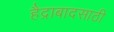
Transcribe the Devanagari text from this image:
हैद्राबादसाठी